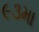
૯૩મા